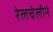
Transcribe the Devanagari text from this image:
रेलचेलीने